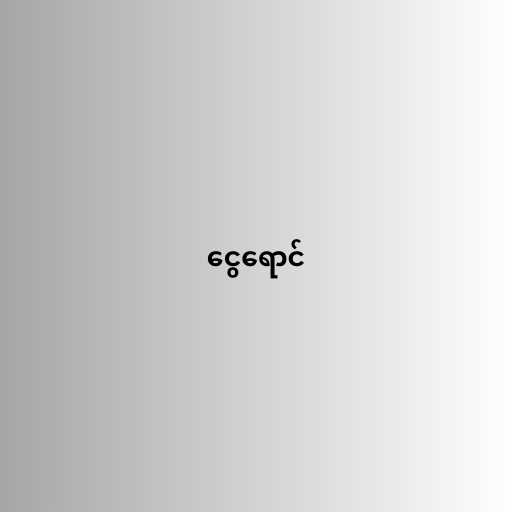
ငွေရောင်